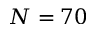
N = 7 0